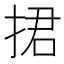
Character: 捃